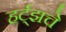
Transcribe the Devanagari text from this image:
हर्ट्‌झचे